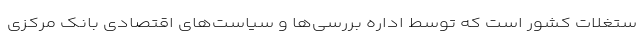
ستغلات کشور است که توسط اداره بررسی‌ها و سیاست‌های اقتصادی بانک مرکزی